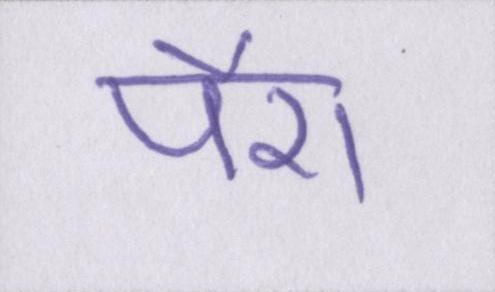
पैरा